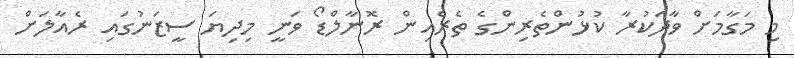
މި މަގާމަށް ވާދަކުރާ ކުޅުންތެރިންގެ ތެރެއިން ރޮނާލްޑޯ ވަނީ މިދިޔަ ސީޒަނުގައި ރެއާލަށް